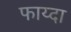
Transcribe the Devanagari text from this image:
फाय्दा